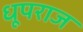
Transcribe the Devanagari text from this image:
धूपराज